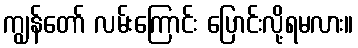
ကျွန်တော် လမ်းကြောင်း ပြောင်းလို့ရမလား။